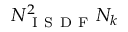
N _ { \mathrm { ~ I ~ S ~ D ~ F ~ } } ^ { 2 } N _ { k }